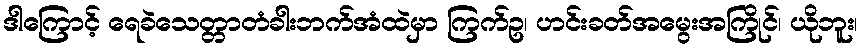
ဒါကြောင့် ရေခဲသေတ္တာတံခါးဘက်အံထဲမှာ ကြက်ဥ၊ ဟင်းခတ်အမွေးအကြိုင်၊ ယိုဘူး၊